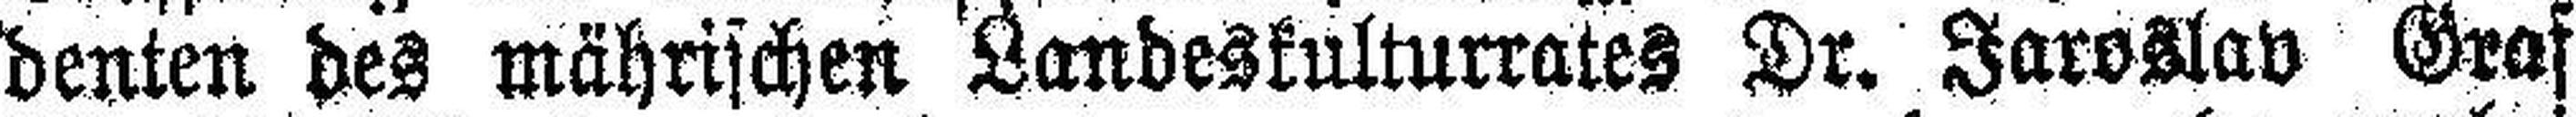
denten des mährischen Landeskulturrates Dr. Jaroslav Graf